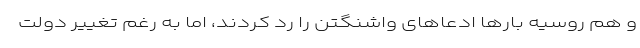
و هم روسیه بارها ادعاهای واشنگتن را رد کردند، اما به رغم تغییر دولت